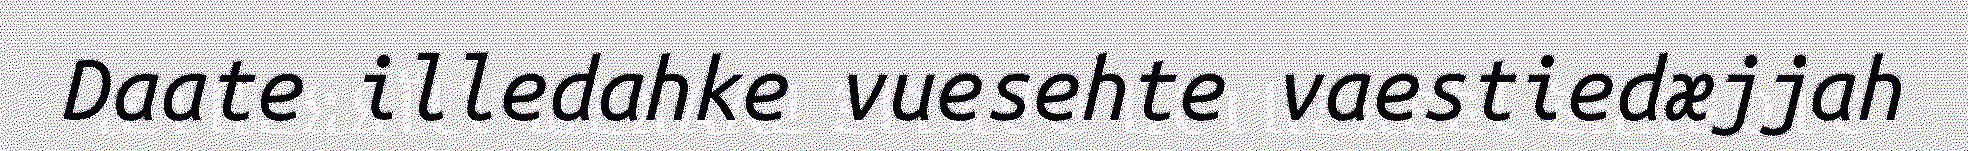
Daate illedahke vuesehte vaestiedæjjah